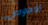
لوجودي